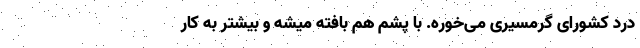
درد کشورای گرمسیری می‌خوره. با پشم هم بافته میشه و بیشتر به کارِ